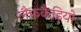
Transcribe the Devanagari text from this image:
लैफ़कैडियो